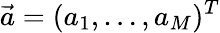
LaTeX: \vec{a}=(a_{1},\dots,a_{M})^{T}